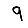
Digit: 9